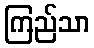
ကြည်သာ